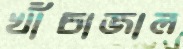
খাঁচাজাল